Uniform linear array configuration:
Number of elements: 12
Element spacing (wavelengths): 0.75
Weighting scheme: kaiser
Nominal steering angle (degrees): -15
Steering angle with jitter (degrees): -13.933
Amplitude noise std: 0.05
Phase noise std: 0.05

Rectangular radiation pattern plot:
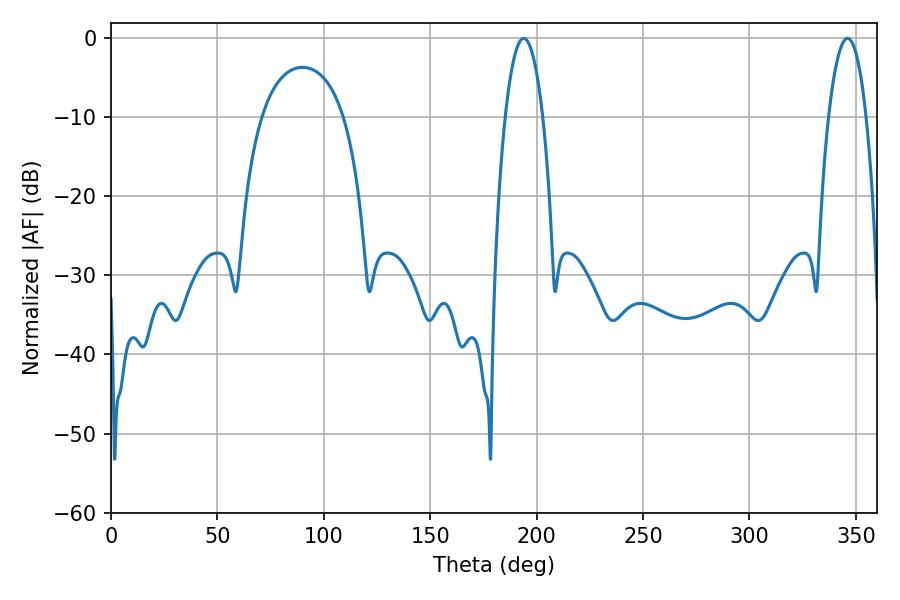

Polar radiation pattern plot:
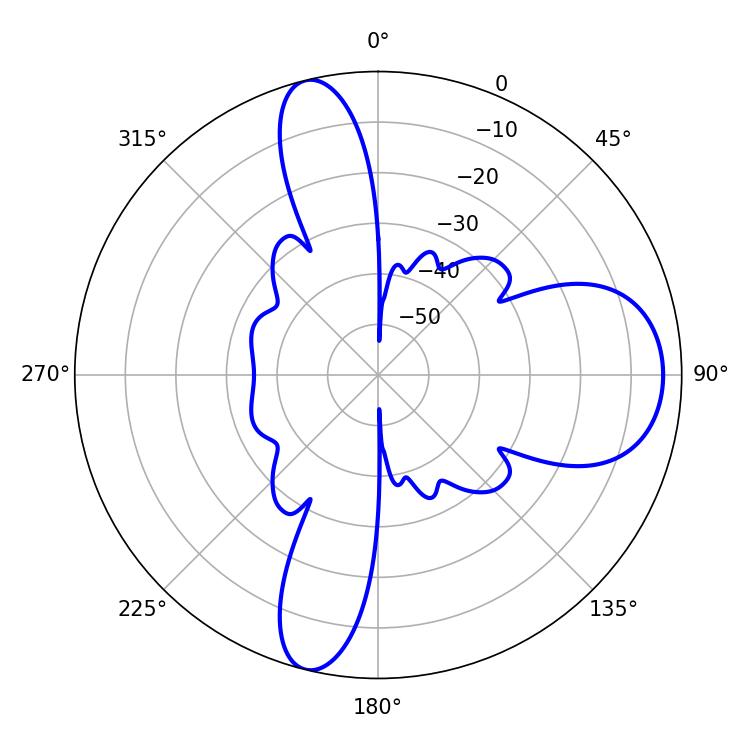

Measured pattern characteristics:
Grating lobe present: TRUE
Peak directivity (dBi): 12.158
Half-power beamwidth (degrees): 9.9
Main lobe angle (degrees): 193.86